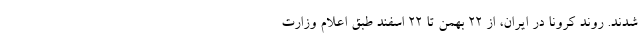
شدند. روند کرونا در ایران، از ۲۲ بهمن تا ۲۲ اسفند طبق اعلام وزارت